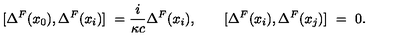
[ \Delta ^ { F } ( x _ { 0 } ) , \Delta ^ { F } ( x _ { i } ) ] \ = \- \frac { i } { \kappa c } \Delta ^ { F } ( x _ { i } ) , \qquad [ \Delta ^ { F } ( x _ { i } ) , \Delta ^ { F } ( x _ { j } ) ] \ = \ 0 .